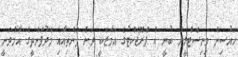
ހައުސިން މިނިސްޓްރީން ބުނީ އެ ޕްރޮޖެކްޓުގެ އަމާޒަކީ ދަށް ފަންތިއާއި މެދުފަންތީގެ އާމްދަނީ